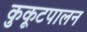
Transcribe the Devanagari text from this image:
कुकूटपालन